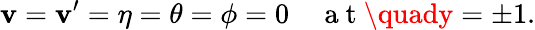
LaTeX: \mathbf{v}=\mathbf{v}^{\prime}=\eta=\theta=\phi=0\quad\mathrm{{~a~t~}}\quady=\pm1.